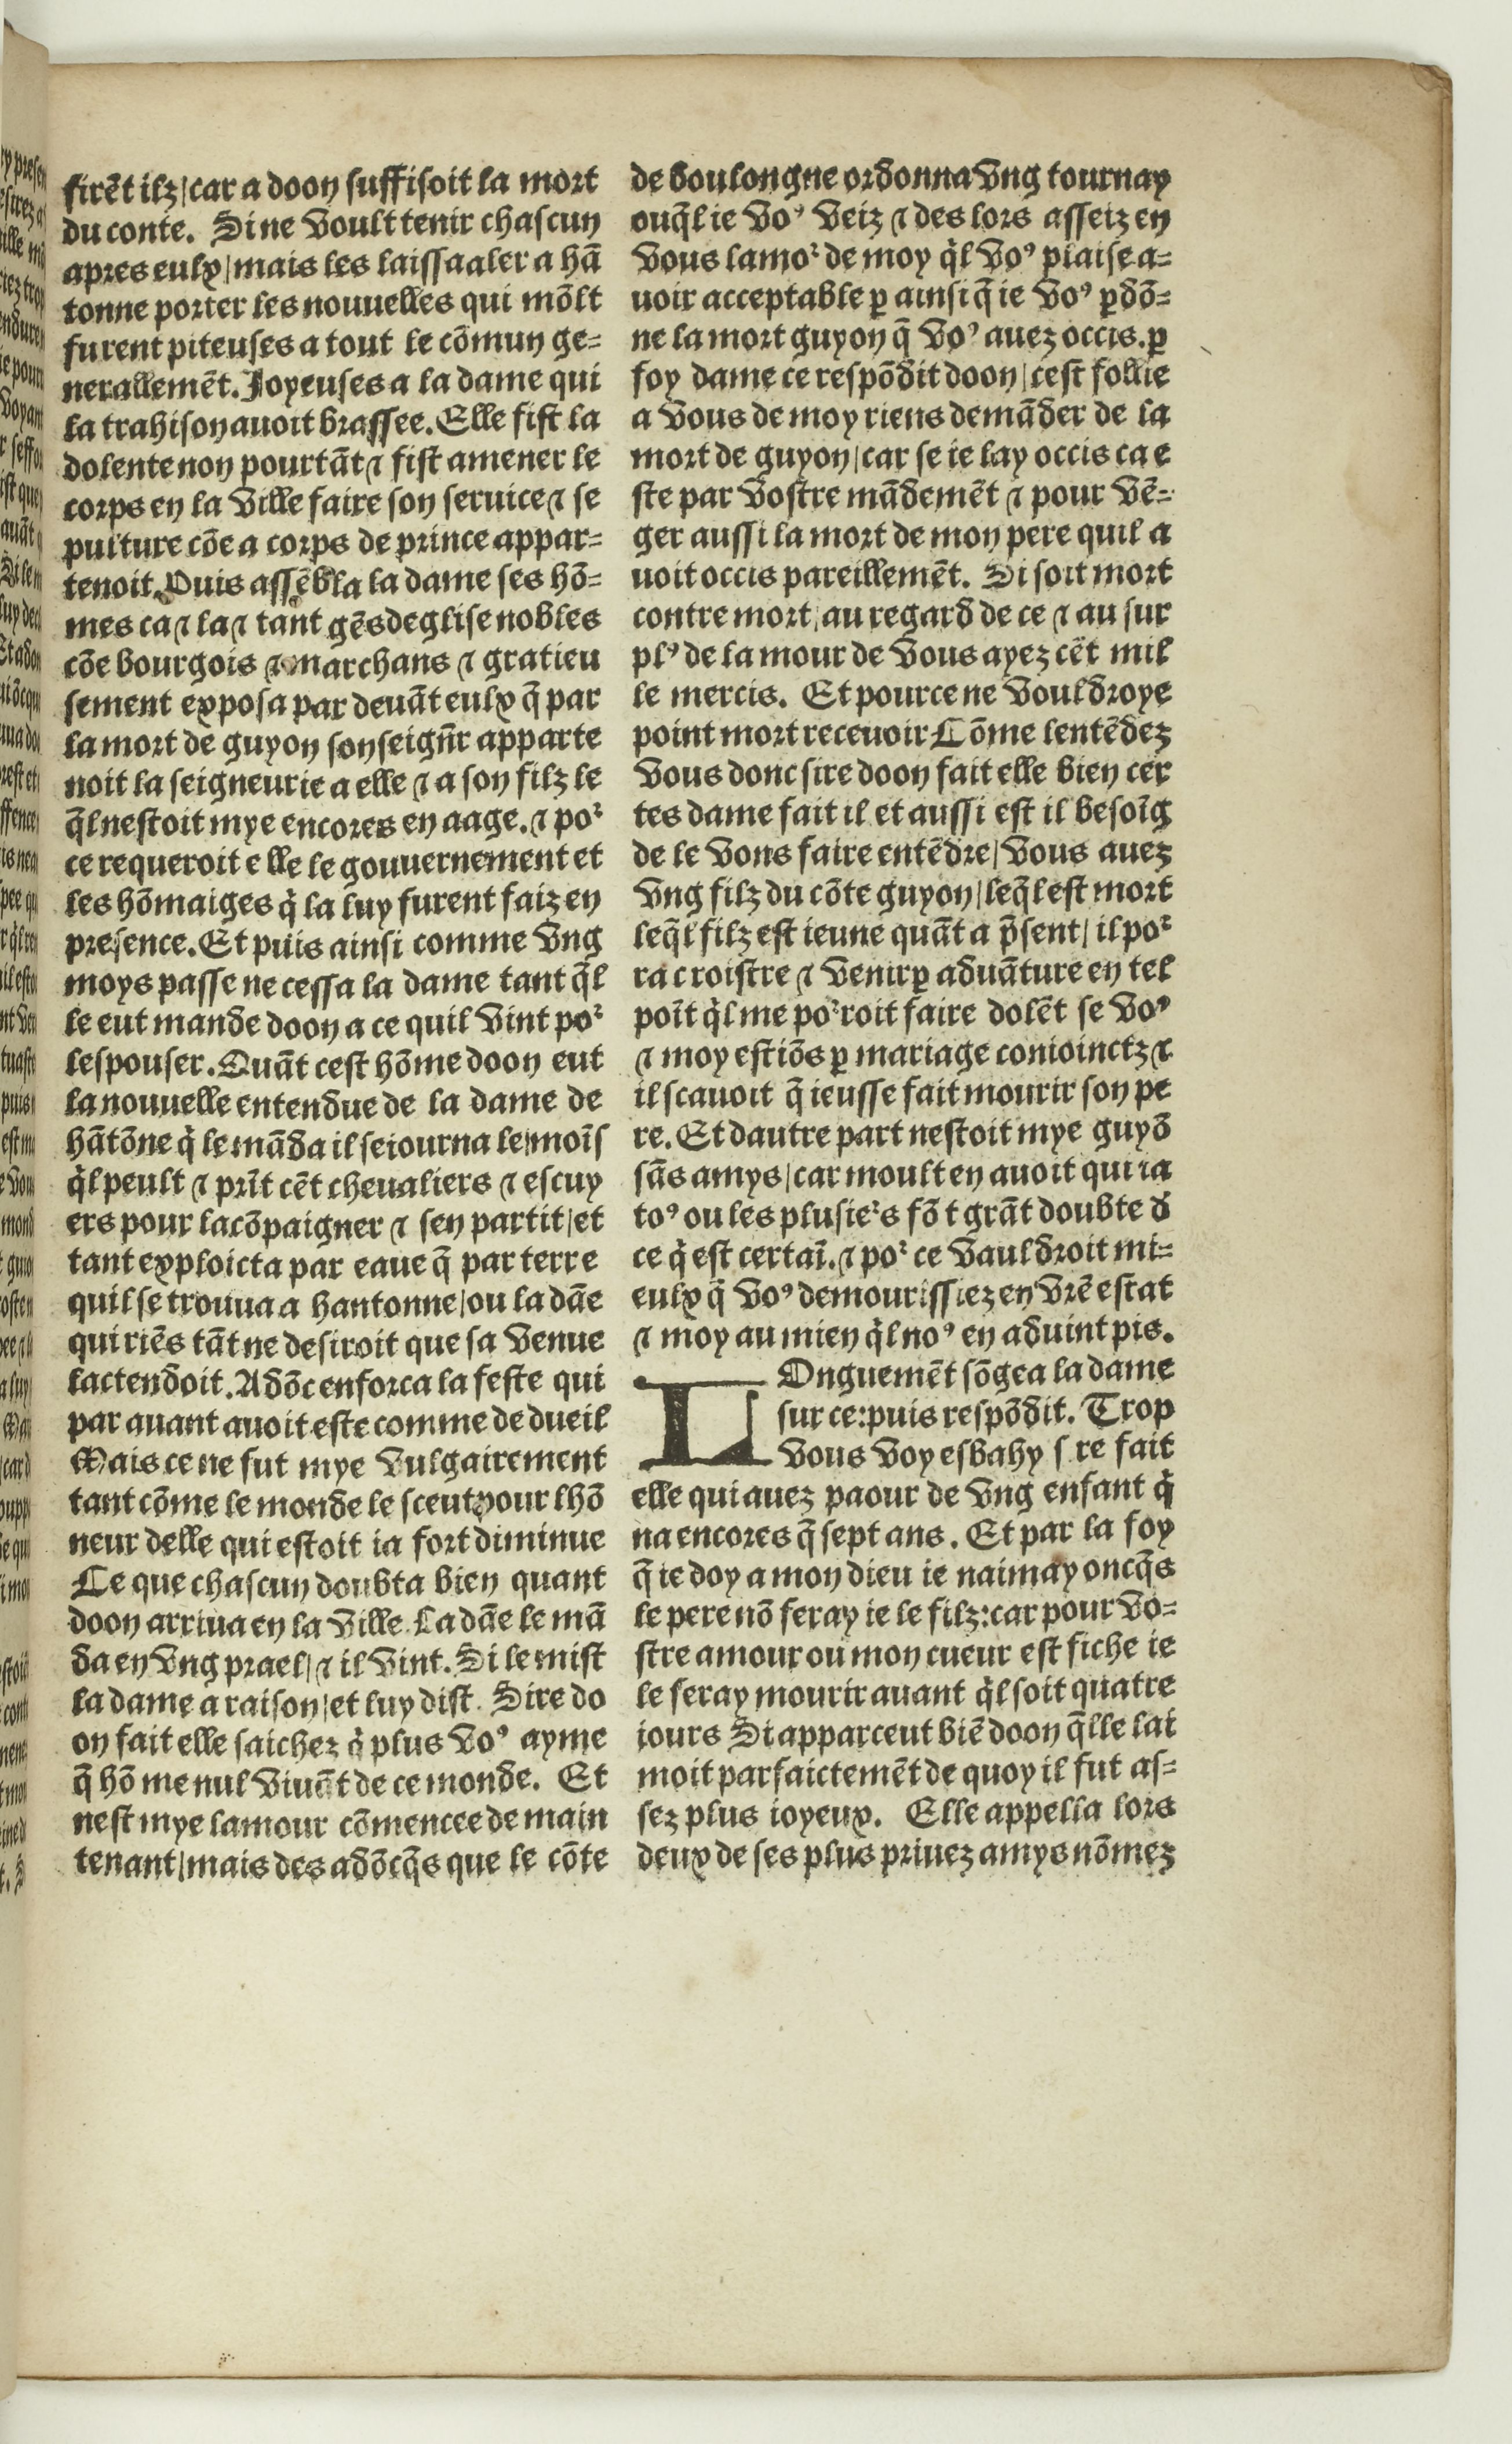
Shelfmark: Paris, BnF, Rés. Y2-674
Century: 16